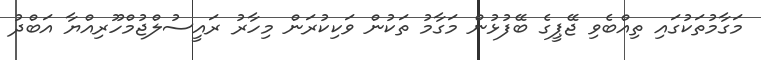
މަގާމުތަކުގައި ތިއްބެވި ޖޭޕީގެ ބޭފުޅުން މަގާމު ތަކުން ވަކިކުރަން މިހާރު ރައީސުލްޖުމްހޫރިއްޔާ އަބްދު